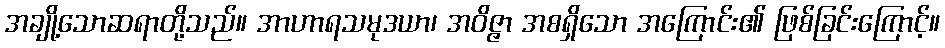
အချို့သောဆရာတို့သည်။ အာဟာရသမုဒယာ၊ အဝိဇ္ဇာ အစရှိသော အကြောင်း၏ ဖြစ်ခြင်းကြောင့်။